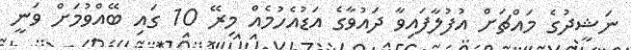
ނަޝީދުގެ މައްޗަށް އުފުލާފައިވާ ދައުވާގެ އަޑުއެހުމެއް މިރޭ 10 ގައި ބޭއްވުމަށް ވަނީ